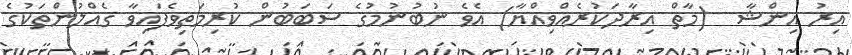
އިރު އިންޝާ  (މާތް އިރާދަކުރެއްވިއްޔާ) އެވެ ނުބުނުމުގެ ސަބަބުން ކުރިމަތިވެފައިވާ ގެއްލުންތަކުގެ